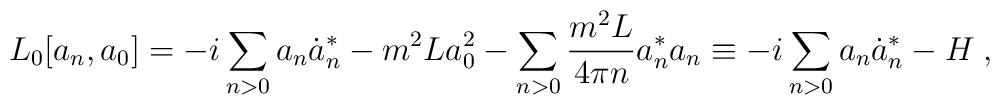
L_0 [a_n ,a_0 ] = -i \sum_{n>0} a_n \dot a_n^* -  m^2 L a_0^2 -\sum_{n>0} \frac{m^2 L}{4 \pi n}a_n^* a_n \equiv -i  \sum_{n>0} a_n \dot a_n^* - H \; ,